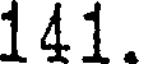
141.